Civil Veterinary Dept. Bombay admin report 1914-1922 - 1914-1922
Year: 1914
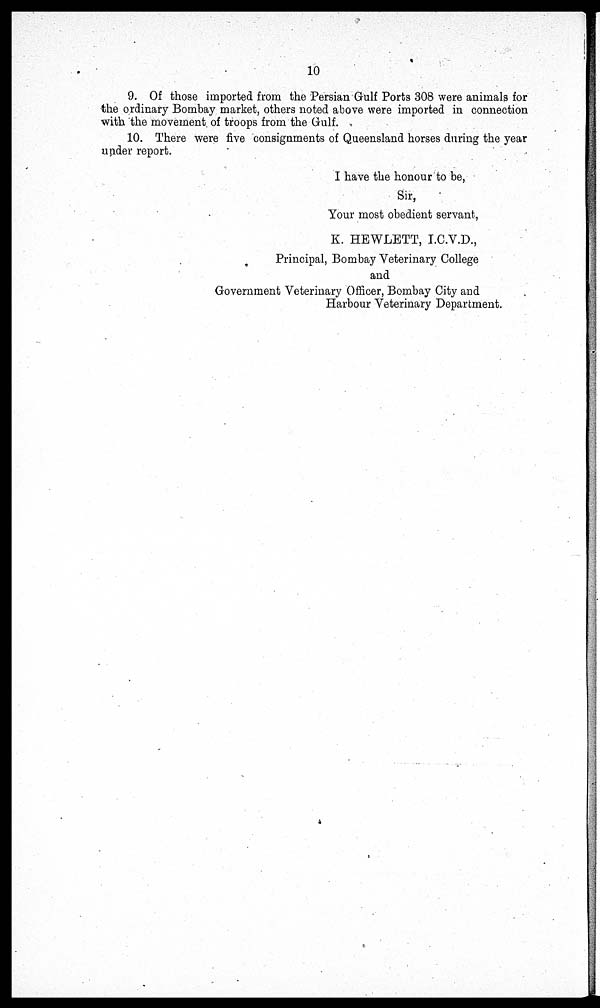
10
9. Of those imported from the Persian Gulf Ports 308 were animals for
the ordinary Bombay market, others noted above were imported in connection
with the movement of troops from the Gulf.
10. There were five consignments of Queensland horses during the year
under report.
I have the honour to be,
Sir,
Your most obedient servant,
K. HEWLETT, I.C.V.D.,
Principal, Bombay Veterinary College
and
Government Veterinary Officer, Bombay City and
Harbour Veterinary Department.